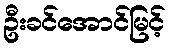
ဦးခင်အောင်မြင့်